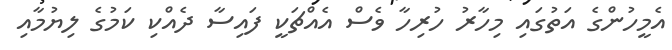
އެމީހުންގެ އަތުގައި މިހާރު ހުރިހާ ވެސް އެއްޗަކީ ފައިސާ ދެއްކި ކަމުގެ ލިޔުމާއި